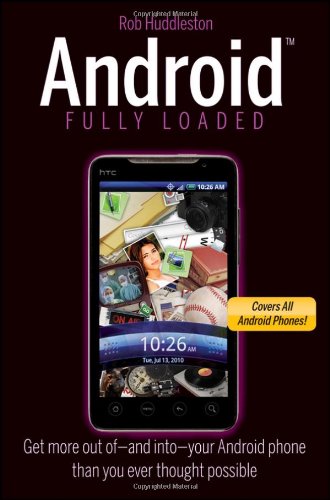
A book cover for Android Fully Loaded; Rob Huddleston; Computers & Technology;